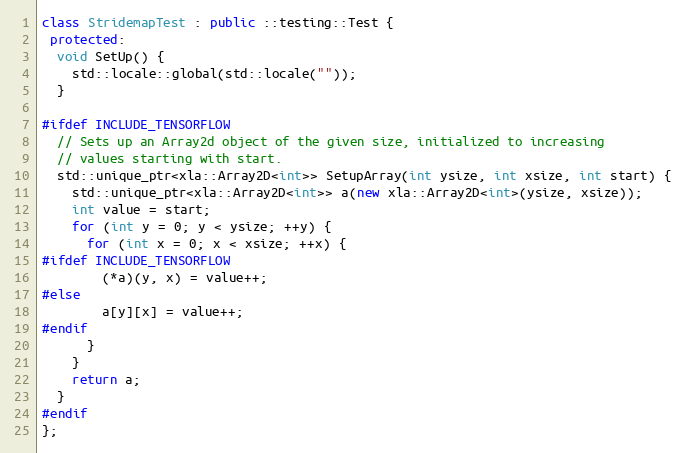
Language: C++
class StridemapTest : public ::testing::Test {
 protected:
  void SetUp() {
    std::locale::global(std::locale(""));
  }

#ifdef INCLUDE_TENSORFLOW
  // Sets up an Array2d object of the given size, initialized to increasing
  // values starting with start.
  std::unique_ptr<xla::Array2D<int>> SetupArray(int ysize, int xsize, int start) {
    std::unique_ptr<xla::Array2D<int>> a(new xla::Array2D<int>(ysize, xsize));
    int value = start;
    for (int y = 0; y < ysize; ++y) {
      for (int x = 0; x < xsize; ++x) {
#ifdef INCLUDE_TENSORFLOW
        (*a)(y, x) = value++;
#else
        a[y][x] = value++;
#endif
      }
    }
    return a;
  }
#endif
};